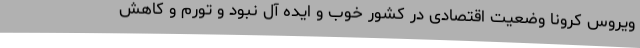
ویروس کرونا وضعیت اقتصادی در کشور خوب و ایده آل نبود و تورم و کاهش